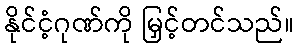
နိုင်ငံ့ဂုဏ်ကို မြှင့်တင်သည်။